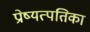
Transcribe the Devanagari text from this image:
प्रोष्यत्पतिका